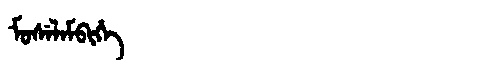
Manchu: ᠮᠣᠰᡝᠯᠠᠮᠪᡳᡥᡝ
Romanization: MOSELAMBIHE